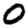
Digit: 0